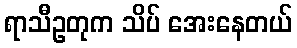
ရာသီဥတုက သိပ် အေးနေတယ်